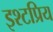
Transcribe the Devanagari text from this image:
इश्टप्रिय